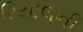
રિયાલની